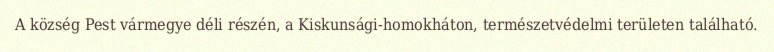
A község Pest vármegye déli részén, a Kiskunsági-homokháton, természetvédelmi területen található.